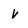
Character: V